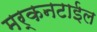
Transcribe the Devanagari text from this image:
मर्कनटाईल